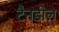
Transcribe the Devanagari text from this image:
टैनडील